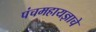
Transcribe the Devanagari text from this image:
पंचमहायज्ञाचे